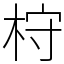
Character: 𣑋